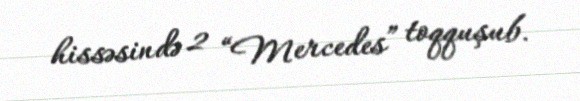
hissəsində 2 “Mercedes” toqquşub.